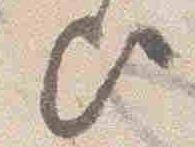
歟